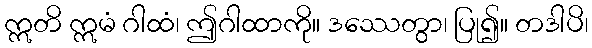
ဣတိ ဣမံ ဂါထံ၊ ဤဂါထာကို။ ဒဿေတွာ၊ ပြု၍။ တဒါပိ၊